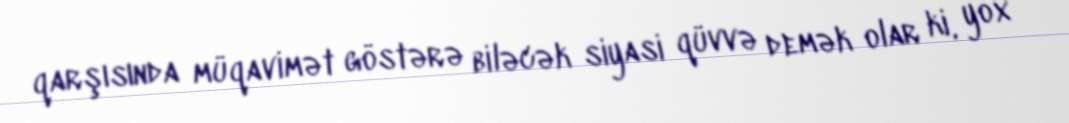
qarşısında müqavimət göstərə biləcək siyasi qüvvə demək olar ki, yox